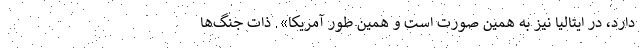
دارد، در ایتالیا نیز به همین صورت است و همین طور آمریکا». ذات جنگ‌ها